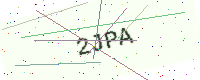
Text: 2JPA